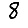
Digit: 8